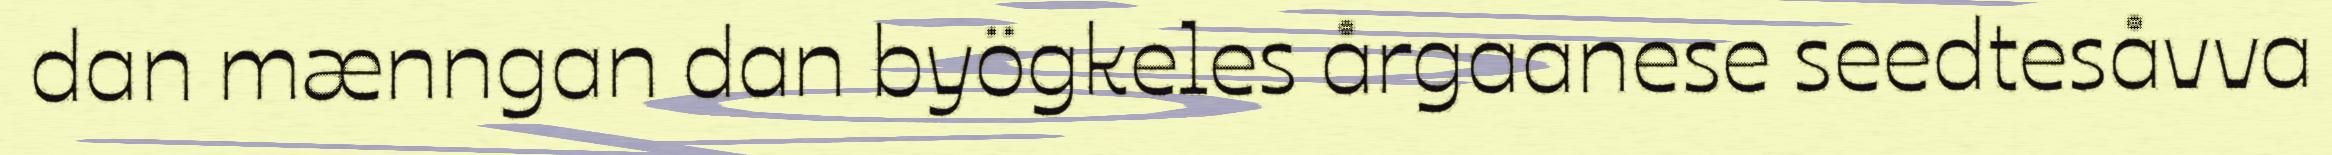
dan mænngan dan byögkeles årgaanese seedtesåvva